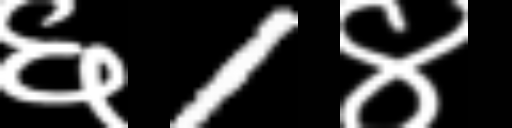
Text: ६1४